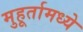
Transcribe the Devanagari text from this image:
मुहूर्तामध्ये